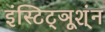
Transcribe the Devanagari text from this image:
इंस्टिट्ञूश्ंन